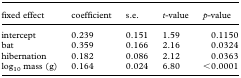
<table><thead><tr><td><b>fixed effect</b></td><td><b>coefficient</b></td><td><b>s.e.</b></td><td><b><i>t</i>-value</b></td><td><b><i>p</i>-value</b></td></tr></thead><tbody><tr><td>intercept</td><td>0.239</td><td>0.151</td><td>1.59</td><td>0.1150</td></tr><tr><td>bat</td><td>0.359</td><td>0.166</td><td>2.16</td><td>0.0324</td></tr><tr><td>hibernation</td><td>0.182</td><td>0.086</td><td>2.12</td><td>0.0363</td></tr><tr><td>log<sub>10</sub> mass (g)</td><td>0.164</td><td>0.024</td><td>6.80</td><td>&lt;0.0001</td></tr></tbody></table>